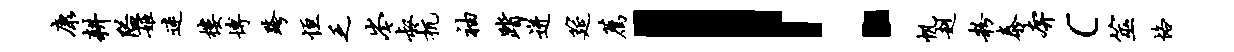
康耕隘姬迷楼博跨恒乏岑叔抗袖踏迸筵荐！帆赳粉泰奔c筮恪